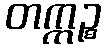
တက္ကဉ္စ